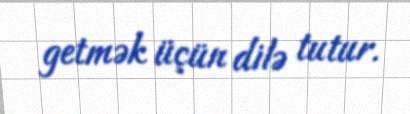
getmək üçün dilə tutur.